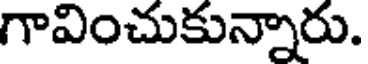
గావించుకున్నారు.